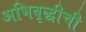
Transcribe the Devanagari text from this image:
अभिवृद्धीची